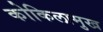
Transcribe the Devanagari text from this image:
कोकिलामुख